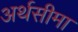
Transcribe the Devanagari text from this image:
अर्थसीमा